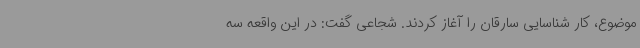
موضوع، کار شناسایی سارقان را آغاز کردند. شجاعی گفت: در این واقعه سه